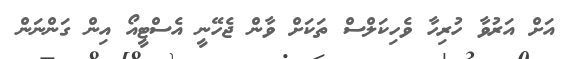
އަށް އަރުވާ ހުރިހާ ވެހިކަލްސް ތަކަށް ވާން ޖެހޭނީ އެސްޓީއޯ އިން ގަންނަން